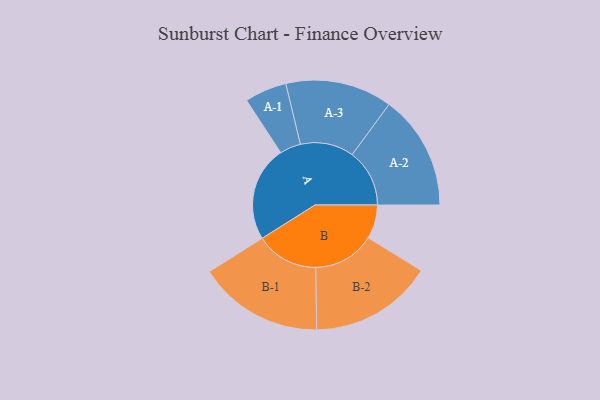
{"axis": {"x": "Segment", "y": "Value"}, "legend": ["", "A", "B"], "data": [{"x": "A", "y": 453, "type": ""}, {"x": "B", "y": 161, "type": ""}, {"x": "A-1", "y": 100, "type": "A"}, {"x": "A-2", "y": 273, "type": "A"}, {"x": "A-3", "y": 254, "type": "A"}, {"x": "B-1", "y": 298, "type": "B"}, {"x": "B-2", "y": 293, "type": "B"}]}